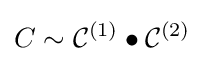
C\sim {\mathcal {C}}^{(1)}\bullet {\mathcal {C}}^{(2)}